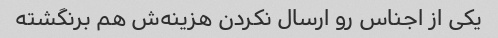
یکی از اجناس رو ارسال نکردن هزینه‌ش هم برنگشته